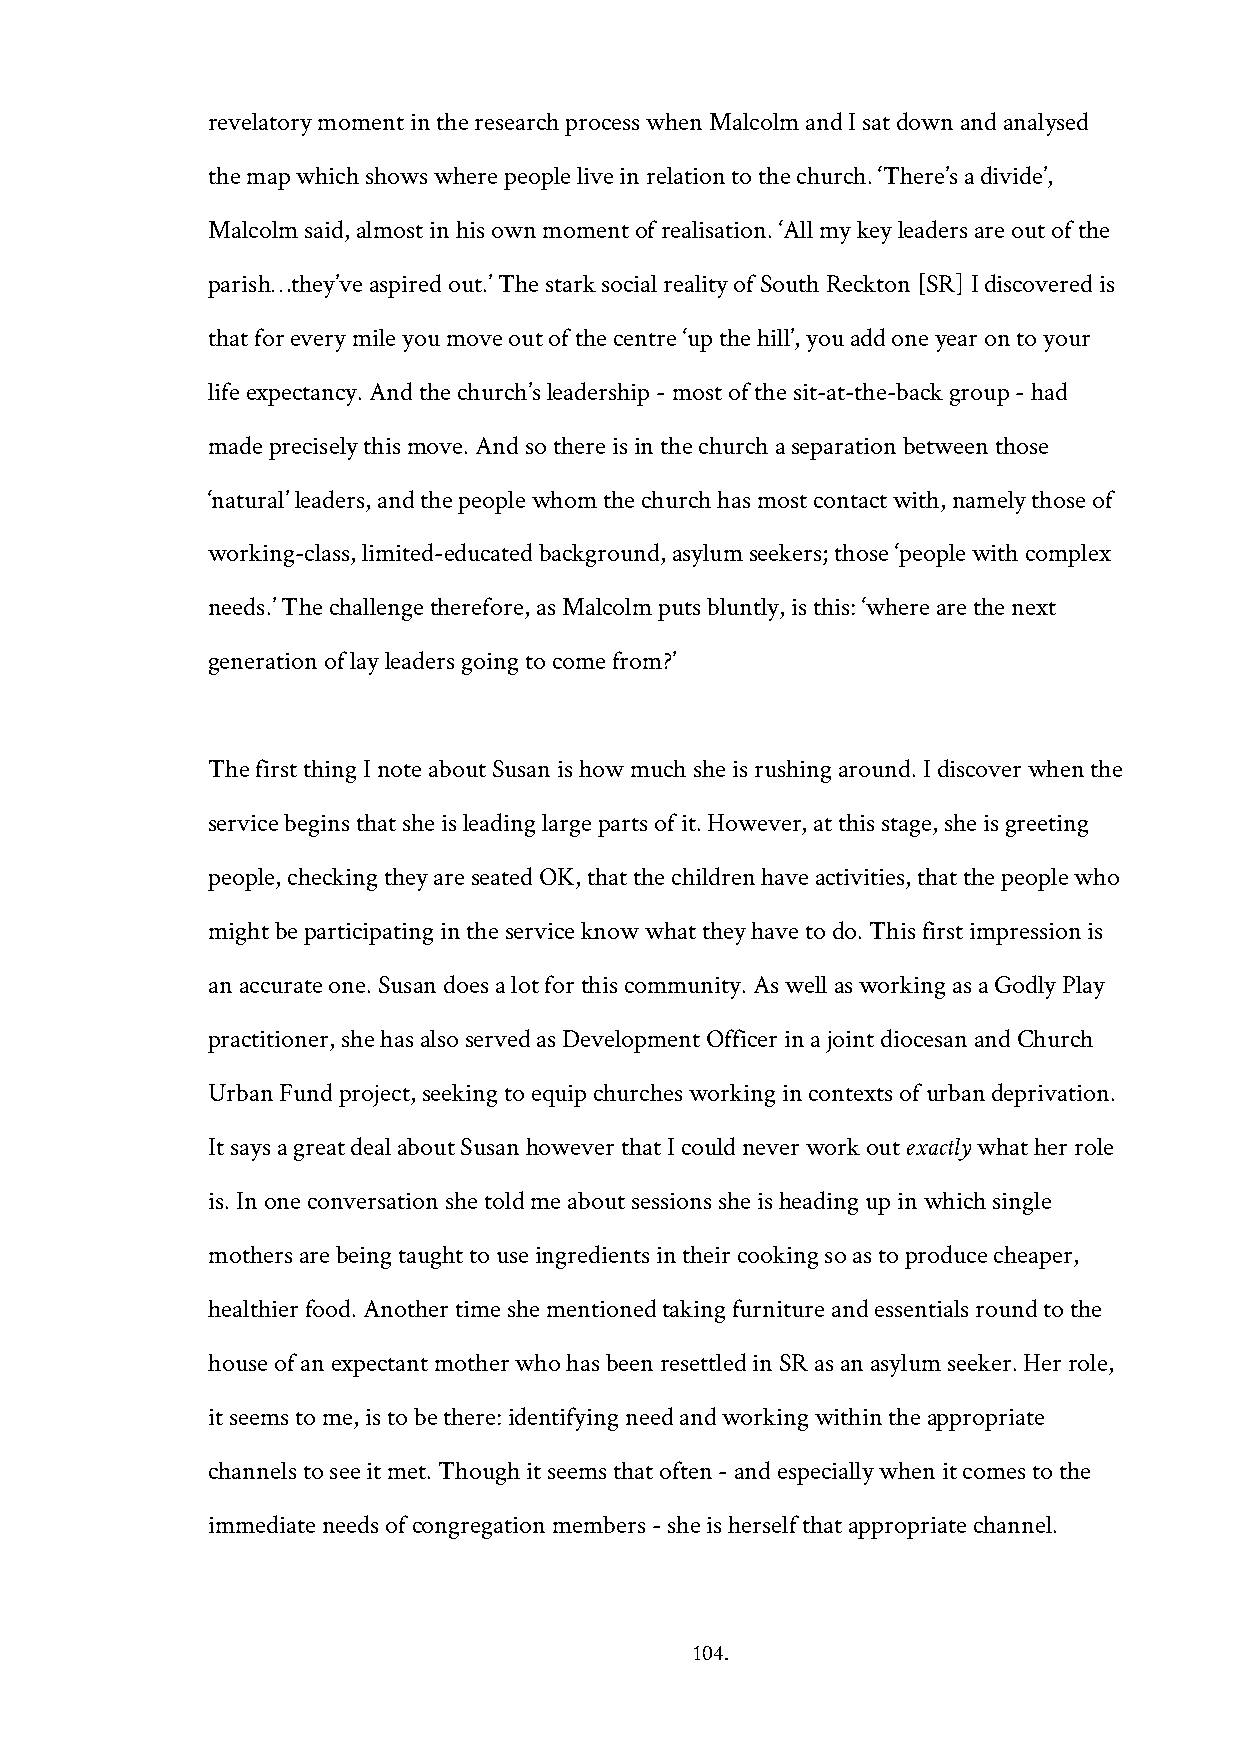
revelatory moment in the research process when Malcolm and I sat down and analysed
 the map which shows where people live in relation to the church. ‘There’s a divide’,
 Malcolm said, almost in his own moment of realisation. ‘All my key leaders are out of the
 parish…they’ve aspired out.’ The stark social reality of South Reckton [SR] I discovered is
 that for every mile you move out of the centre ‘up the hill’, you add one year on to your
 life expectancy. And the church’s leadership - most of the sit-at-the-back group - had
 made precisely this move. And so there is in the church a separation between those
 ‘natural’ leaders, and the people whom the church has most contact with, namely those of
 working-class, limited-educated background, asylum seekers; those ‘people with complex
 needs.’ The challenge therefore, as Malcolm puts bluntly, is this: ‘where are the next
 generation of lay leaders going to come from?’
 The first thing I note about Susan is how much she is rushing around. I discover when the
 service begins that she is leading large parts of it. However, at this stage, she is greeting
 people, checking they are seated OK, that the children have activities, that the people who
 might be participating in the service know what they have to do. This first impression is
 an accurate one. Susan does a lot for this community. As well as working as a Godly Play
 practitioner, she has also served as Development Officer in a joint diocesan and Church
 Urban Fund project, seeking to equip churches working in contexts of urban deprivation.
 It says a great deal about Susan however that I could never work out exactly what her role
 is. In one conversation she told me about sessions she is heading up in which single
 mothers are being taught to use ingredients in their cooking so as to produce cheaper,
 healthier food. Another time she mentioned taking furniture and essentials round to the
 house of an expectant mother who has been resettled in SR as an asylum seeker. Her role,
 it seems to me, is to be there: identifying need and working within the appropriate
 channels to see it met. Though it seems that often - and especially when it comes to the
 immediate needs of congregation members - she is herself that appropriate channel.
 104.